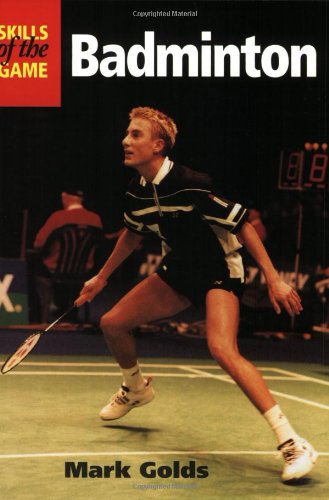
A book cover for Badminton: Skills of the Game; Mark Golds; Sports & Outdoors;